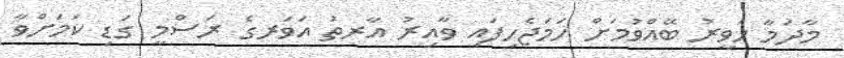
މާދަމާ ހަވީރު ބޭއްވުމަށް ހަމަޖެހިފައި ވާއިރު އާރތު އަވަރގެ ރަސްމީ ގަޑި ކަމަށްވާ